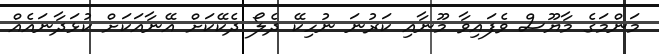
މަންމަގެ މާޔޫސް ވެފައިވާ މޫނާއި ކަރުނަ ނުހިކޭ ދެލޯ ދެކޭކަށް އޭނާއަކަށް ކުޅަދާނައެއް